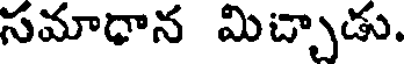
సమాధాన మిచ్చాడు.